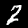
Digit: 2